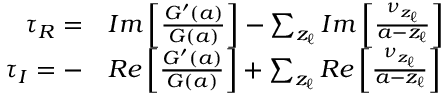
\begin{array} { r } { \begin{array} { r l } { \tau _ { R } = } & { { } I m \left[ \frac { G ^ { \prime } ( a ) } { G ( a ) } \right] - \sum _ { z _ { \ell } } I m \left[ \frac { \nu _ { z _ { \ell } } } { a - z _ { \ell } } \right] } \\ { \tau _ { I } = - } & { { } R e \left[ \frac { G ^ { \prime } ( a ) } { G ( a ) } \right] + \sum _ { z _ { \ell } } R e \left[ \frac { \nu _ { z _ { \ell } } } { a - z _ { \ell } } \right] } \end{array} } \end{array}